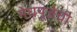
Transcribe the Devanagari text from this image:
मेघपूजेची